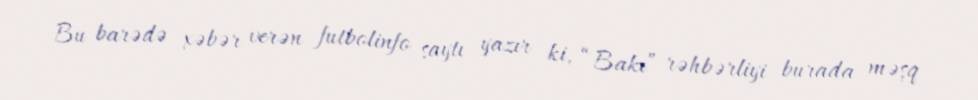
Bu barədə xəbər verən futbolinfo saytı yazır ki, “Bakı” rəhbərliyi burada məşq